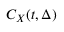
C _ { X } ( t , \Delta )